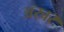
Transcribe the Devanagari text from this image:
अखर